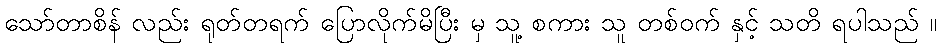
သော်တာစိန် လည်း ရုတ်တရက် ပြောလိုက်မိပြီး မှ သူ့ စကား သူ တစ်ဝက် နှင့် သတိ ရပါသည် ။